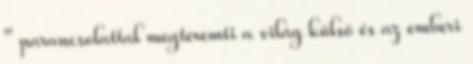
" parancsolattal megteremti a világ külső és az emberi